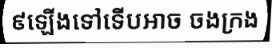
៩ឡើងទៅទើបអាច ចងក្រង